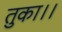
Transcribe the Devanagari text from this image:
तुका।।